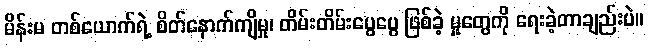
မိန်းမ တစ်ယောက်ရဲ့ စိတ်နောက်ကျိမှု၊ တိမ်းတိမ်းပွေပွေ ဖြစ်ခဲ့ မှုတွေကို ရေးခဲ့တာချည်းပဲ။